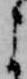
よ